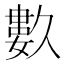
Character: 𱍿